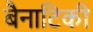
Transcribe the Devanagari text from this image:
बैनाटिकी